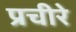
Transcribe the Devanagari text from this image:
प्रचीरे